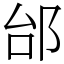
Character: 邰